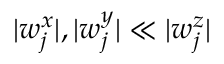
| w _ { j } ^ { x } | , | w _ { j } ^ { y } | \ll | w _ { j } ^ { z } |